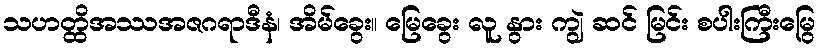
သဟတ္ထိအဿအဇဂရာဒီနံ၊ အိမ်ခွေး။ မြေခွေး လူ နွား ကျွဲ ဆင် မြင်း စပါးကြီးမြွေ